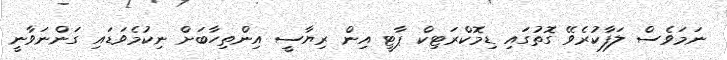
ނަމަވެސް ލަފާކުރެވޭ ގޮތުގައި ޑިމޮކްރަޓިކް ޕާޓީ އިން ރިޔާސީ އިންތިހާބަށް ނިކުމެވަޑައި ގަންނަވާނީ